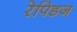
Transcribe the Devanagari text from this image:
रेपिडज